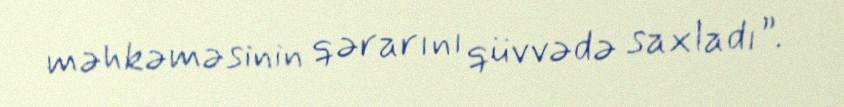
məhkəməsinin qərarını qüvvədə saxladı”.